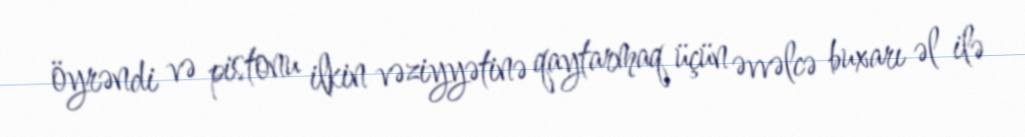
öyrəndi və pistonu ilkin vəziyyətinə qaytarmaq üçün əvvəlcə buxarı əl ilə